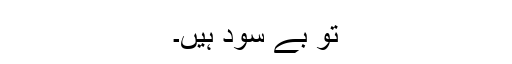
تو بے سود ہیں۔